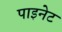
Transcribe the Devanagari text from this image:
पाइनेट